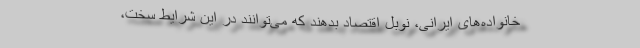
خانواده‌های ایرانی، نوبل اقتصاد بدهند که می‌توانند در این شرایط سخت،